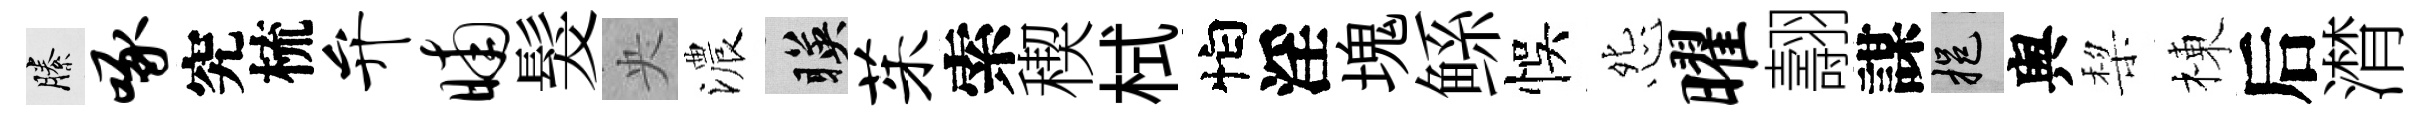
縢啄究梳弁晡髮央濃暎茱索稧栻怕淫塊鲧悞怨曜翿謀挹舆棃棟后潸